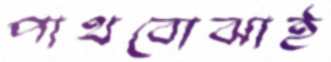
পাথবোঝাই